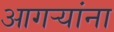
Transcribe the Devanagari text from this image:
आगर्‍यांना